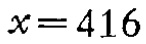
\(x = 416\)